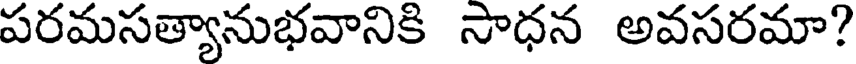
పరమసత్యానుభవానికి సాధన అవసరమా?